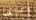
والداها